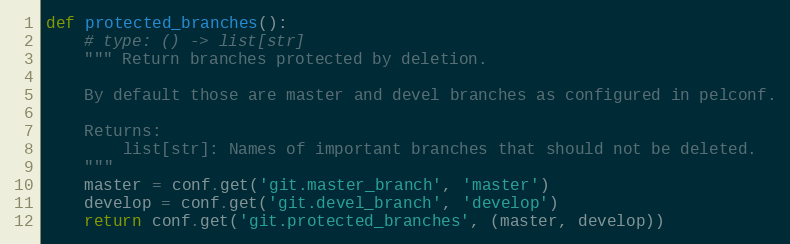
Language: Python
def protected_branches():
    # type: () -> list[str]
    """ Return branches protected by deletion.

    By default those are master and devel branches as configured in pelconf.

    Returns:
        list[str]: Names of important branches that should not be deleted.
    """
    master = conf.get('git.master_branch', 'master')
    develop = conf.get('git.devel_branch', 'develop')
    return conf.get('git.protected_branches', (master, develop))